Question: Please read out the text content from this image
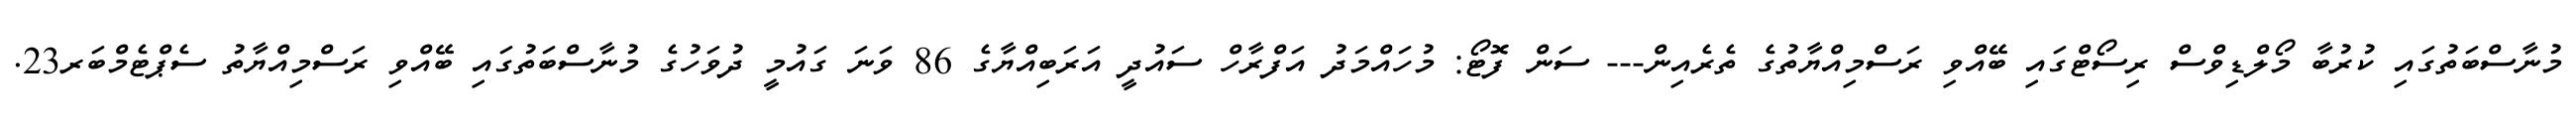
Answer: މުނާސްބަތުގައި ކުރުބާ މޯލްޑިވްސް ރިސޯޓްގައި ބޭއްވި ރަސްމިއްޔާތުގެ ތެރެއިން--- ސަން ފޮޓޯ: މުހައްމަދު އަފްރާހް ސައުދީ އަރަބިއްޔާގެ 86 ވަނަ ގައުމީ ދުވަހުގެ މުނާސްބަތުގައި ބޭއްވި ރަސްމިއްޔާތު ސެޕްޓެމްބަރ23.